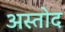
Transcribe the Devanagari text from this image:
अस्तोद